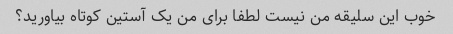
خوب این سلیقه من نیست لطفا برای من یک آستین کوتاه بیاورید؟